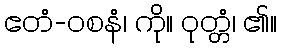
ဧတံ-ဝစနံ၊ ကို။ ဝုတ္တံ၊ ၏။